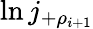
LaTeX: \ln j_{+\rho_{i+1}}